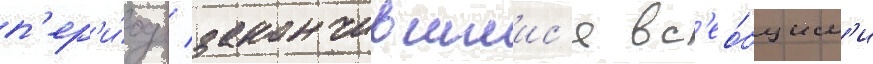
п'ер'и́од / закончившиис'я вс'ео́бщим'и